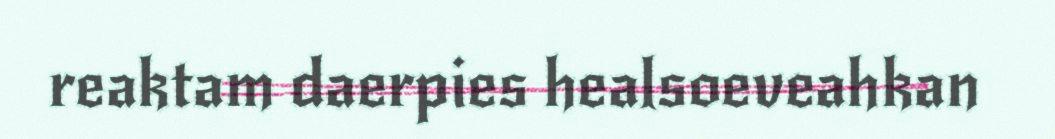
reaktam daerpies healsoeveahkan